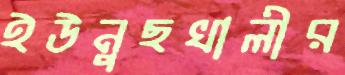
ইউনুছখালীর